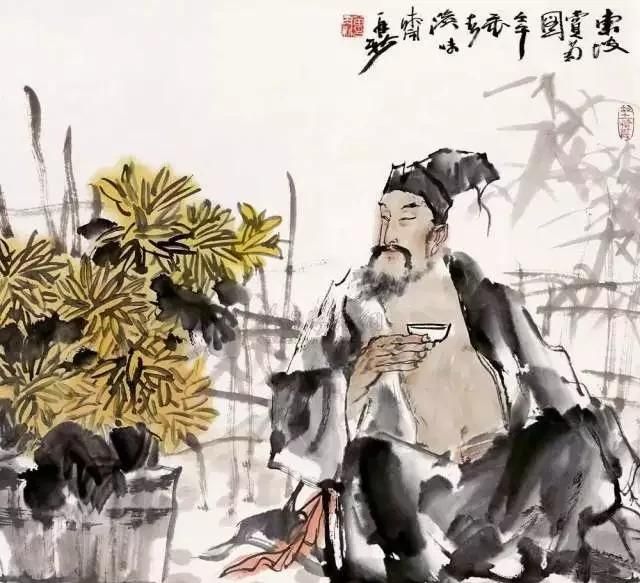
帐底吹笙香吐麝，更无一点尘随马。